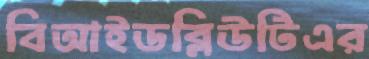
বিআইডব্লিউটিএর